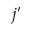
j ^ { \prime }